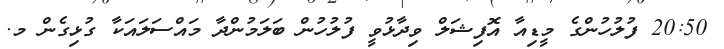
20:50 ފުލުހުންގެ މީޑިއާ އޮފިޝަލް ވިދާޅުވީ ފުލުހުން ބަލަމުންދާ މައްސަލައަކާ ގުޅިގެން މ.